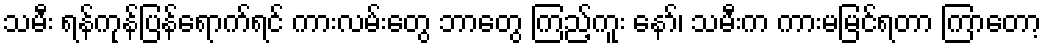
သမီး ရန်ကုန်ပြန်ရောက်ရင် ကားလမ်းတွေ ဘာတွေ ကြည့်ကူး နော်၊ သမီးက ကားမမြင်ရတာ ကြာတော့